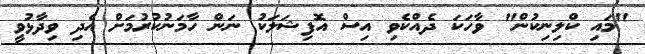
"މައި ކްލިނިކުން" ވާހަކަ ދެއްކެވި އިސް އޮފިޝަލަކު ނަން ހާމަނުކުރުމަށް އެދި ވިދާޅުވީ